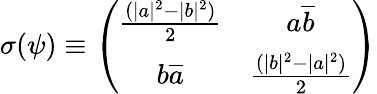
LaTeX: \sigma(\psi)\equiv\left(\begin{array}{cc}{{\frac{(|a|^{2}-|b|^{2})}{2}}}&{{a\overline{{{b}}}}}\\ {{b\overline{{{a}}}}}&{{\frac{(|b|^{2}-|a|^{2})}{2}}}\end{array}\right)